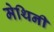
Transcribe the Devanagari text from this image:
मेथिनी